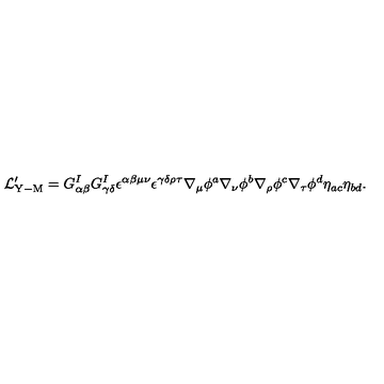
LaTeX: { \cal L } _ { \mathrm { Y - M } } ^ { \prime } = G _ { \alpha \beta } ^ { I } G _ { \gamma \delta } ^ { I } \epsilon ^ { \alpha \beta \mu \nu } \epsilon ^ { \gamma \delta \rho \tau } \nabla _ { \mu } \phi ^ { a } \nabla _ { \nu } \phi ^ { b } \nabla _ { \rho } \phi ^ { c } \nabla _ { \tau } \phi ^ { d } \eta _ { a c } \eta _ { b d } .